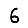
Digit: 6